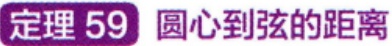
定理 59 圆心到弦的距离